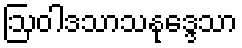
ဩဝါဒသာသနုဒ္ဒေသာ